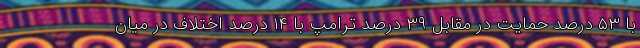
با ۵۳ درصد حمایت در مقابل ۳۹ درصدِ ترامپ با ۱۴ درصد اختلاف در میان